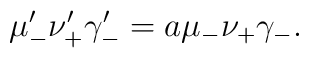
\mu'_- \nu'_+ \gamma'_- = a \mu_- \nu_+ \gamma_-.